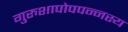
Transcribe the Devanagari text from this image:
गुरुशापोपपन्नस्य